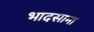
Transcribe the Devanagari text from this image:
भादसाना